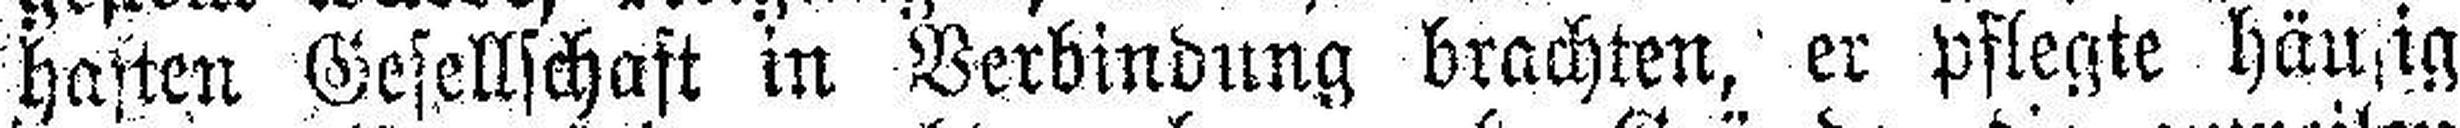
haften Gesellschaft in Verbindung brachten, er pflegte häufig